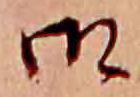
御